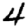
Digit: 4